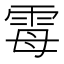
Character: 𫕢